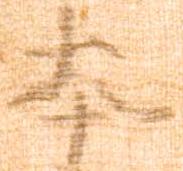
本